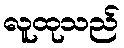
လူထုသည်